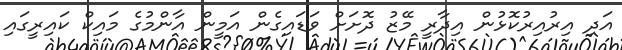
އަދި އިރުއިރުކޮޅުން އިދާރީ މޭޒު ދޮށަށް ވަޑައިގެން އަމީން އާންމުގެ މައިކް ކައިރީގައި